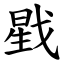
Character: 戥